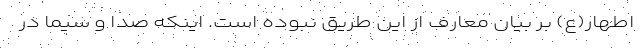
اطهار(ع) بر بیان معارف از این طریق نبوده است. اینکه صدا و سیما در